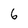
Character: 6